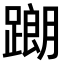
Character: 𨅉